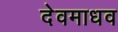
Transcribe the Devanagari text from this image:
देवमाधव